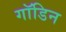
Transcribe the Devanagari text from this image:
गॉडिन